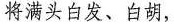
将满头白发、白胡，